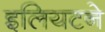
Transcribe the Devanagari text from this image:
इलियटने